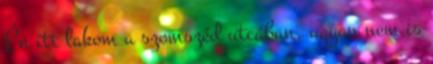
Én itt lakom a szomszéd utcában, ugyan nem is